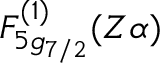
F _ { 5 g _ { 7 / 2 } } ^ { ( 1 ) } ( Z \alpha )